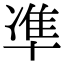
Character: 凖